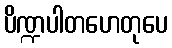
ပိဏ္ဍပါတဟေတုပေ